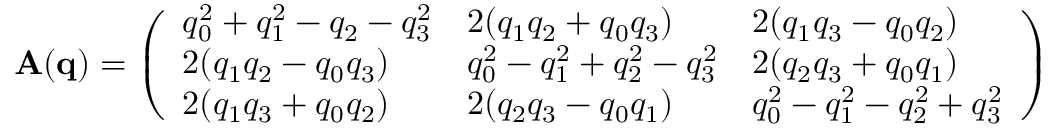
\begin{array} { r } { \mathbf { A ( q ) } = \left( \begin{array} { l l l } { q _ { 0 } ^ { 2 } + q _ { 1 } ^ { 2 } - q _ { 2 } - q _ { 3 } ^ { 2 } } & { 2 ( q _ { 1 } q _ { 2 } + q _ { 0 } q _ { 3 } ) } & { 2 ( q _ { 1 } q _ { 3 } - q _ { 0 } q _ { 2 } ) } \\ { 2 ( q _ { 1 } q _ { 2 } - q _ { 0 } q _ { 3 } ) } & { q _ { 0 } ^ { 2 } - q _ { 1 } ^ { 2 } + q _ { 2 } ^ { 2 } - q _ { 3 } ^ { 2 } } & { 2 ( q _ { 2 } q _ { 3 } + q _ { 0 } q _ { 1 } ) } \\ { 2 ( q _ { 1 } q _ { 3 } + q _ { 0 } q _ { 2 } ) } & { 2 ( q _ { 2 } q _ { 3 } - q _ { 0 } q _ { 1 } ) } & { q _ { 0 } ^ { 2 } - q _ { 1 } ^ { 2 } - q _ { 2 } ^ { 2 } + q _ { 3 } ^ { 2 } } \end{array} \right) } \end{array}